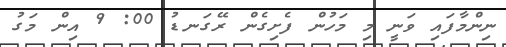
ނިންމާފައި ވަނީ މި މަހުން ފެށިގެން ރޭގަނޑު 00: 9 އިން މަގު